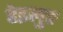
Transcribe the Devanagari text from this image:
हेइलुङ